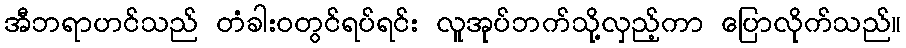
အီဘရာဟင်သည် တံခါးဝတွင်ရပ်ရင်း လူအုပ်ဘက်သို့လှည့်ကာ ပြောလိုက်သည်။